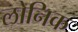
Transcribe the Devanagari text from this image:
लोनिक